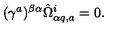
( \gamma ^ { a } ) ^ { \beta \alpha } \hat { \Omega } _ { \alpha q , a } ^ { i } = 0 .